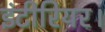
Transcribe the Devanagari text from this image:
इंटीरियर।